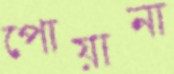
পোয়ানা